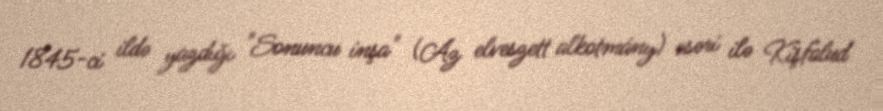
1845-ci ildə yazdığı "Sonuncu inşa" (Az elveszett alkotmány) əsəri ilə Kişfalud